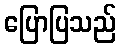
ပြောပြသည်